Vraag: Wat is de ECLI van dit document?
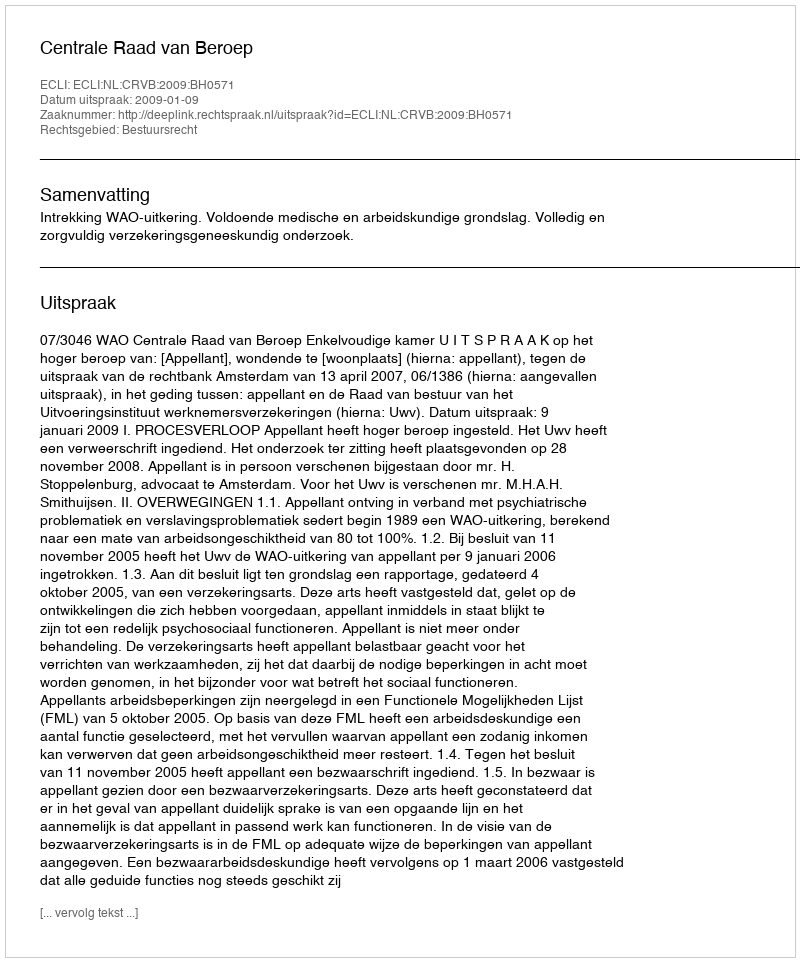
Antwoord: ECLI:NL:CRVB:2009:BH0571